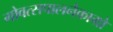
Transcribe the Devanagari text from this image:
गोवत्सपालनैकाग्रो